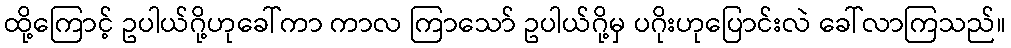
ထို့ကြောင့် ဥပါယ်ဂို့ဟုခေါ်ကာ ကာလ ကြာသော် ဥပါယ်ဂို့မှ ပဂိုးဟုပြောင်းလဲ ခေါ်လာကြသည်။